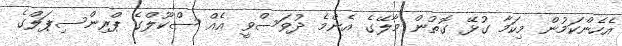
އެހެންކަމުން މިކަމާ ގުޅޭ ގޮތުން މާލޭގެ އެންމެ ދުވަސްވީ އެއް ސްކޫލްގެ ޕްރިންސިޕަލްގެ